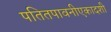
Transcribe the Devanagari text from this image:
पतितपावनीएकादशी